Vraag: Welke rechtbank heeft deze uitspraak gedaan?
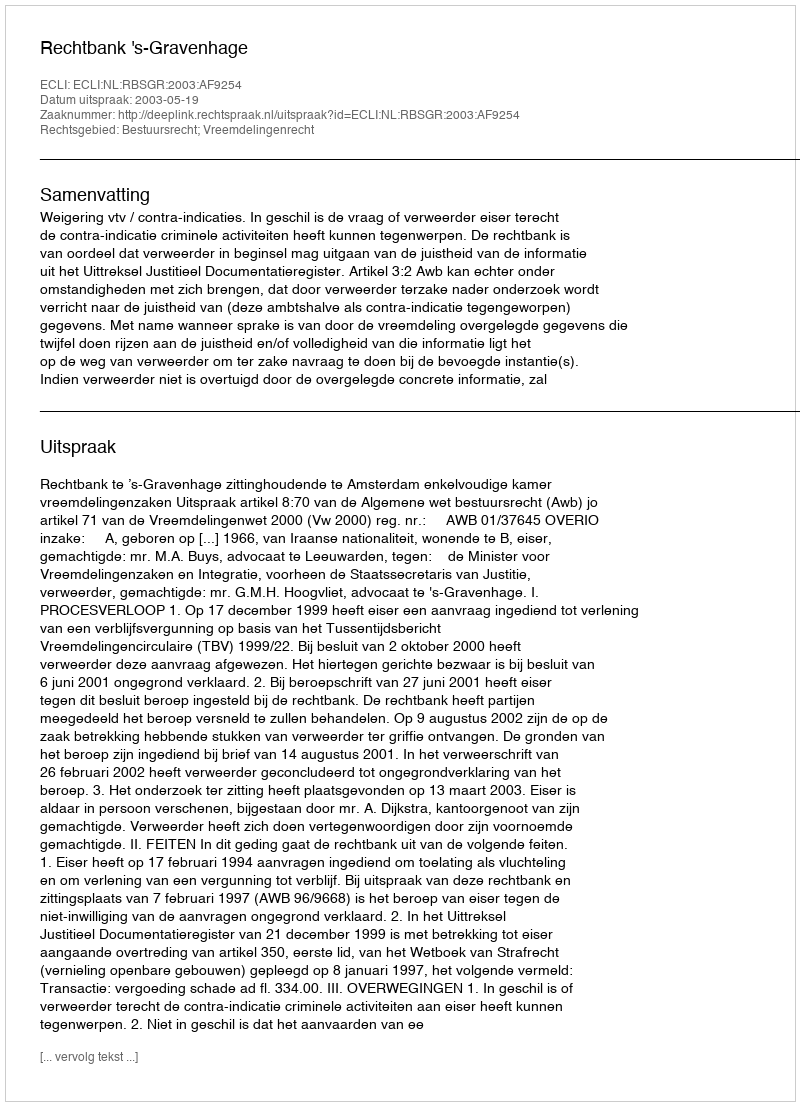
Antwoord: Rechtbank 's-Gravenhage